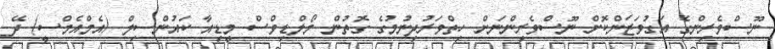
ނޫސްވެރިންގެ އަގުވަޒަންކޮށް ނޫސްވެރިންނަށް ހިތްވަރުދިނުމުގެ ގޮތުން މޯލްޑިވްސް މީޑިއާ ކައުންސިލް (އެމްއެމްސީ) ދޭ